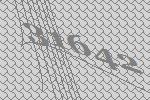
31642